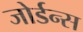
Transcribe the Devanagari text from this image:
जोर्डन्स